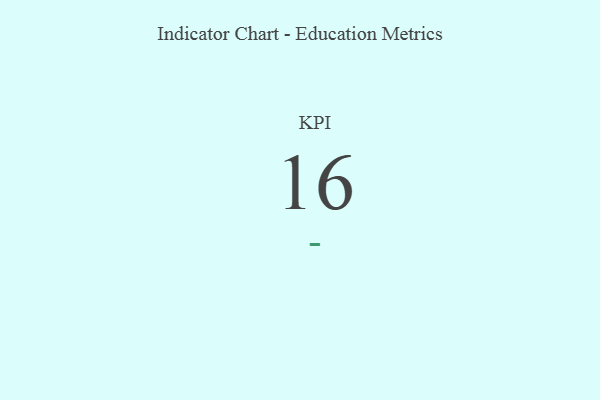
{"axis": {"x": "KPI", "y": "Value"}, "legend": [""], "data": [{"x": "KPI", "y": 16, "type": ""}]}